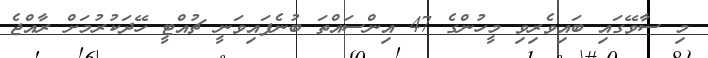
މި ސާވޭގައި ބައިވެރިވި މީހުންގެ 47 އިންސައްތަ ބުނެފައިވަނީ ޗުއްޓީ ހޭދަކުރުމަށް ރާއްޖެ